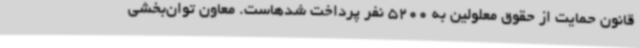
قانون حمایت از حقوق معلولین به 5200 نفر پرداخت شدهاست. معاون توان‌بخشی